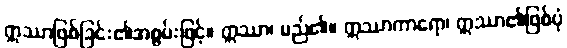
ဣဿာဖြစ်ခြင်း၏အစွမ်းဖြင့်။ ဣဿာ၊ မည်၏။ ဣဿာကာရော၊ ဣဿာ၏ဖြစ်ပုံ